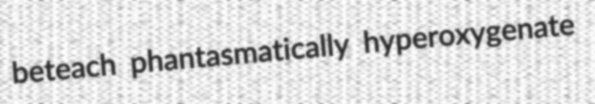
beteach phantasmatically hyperoxygenate